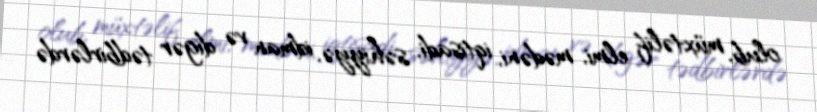
olub, müxtəlif elmi, mədəni, iqtisadi, səhiyyə, idman və digər tədbirlərdə